Problem: 14 + 17 = ?
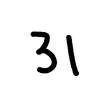
Handwritten answer: 31